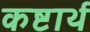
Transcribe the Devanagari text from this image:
कष्टार्थ